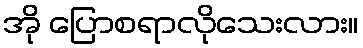
အို ပြောစရာလိုသေးလား။